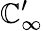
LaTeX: \mathbb{C}_{\infty}^{\prime}